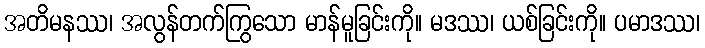
အတိမနဿ၊ အလွန်တက်ကြွသော မာန်မူခြင်းကို။ မဒဿ၊ ယစ်ခြင်းကို။ ပမာဒဿ၊